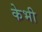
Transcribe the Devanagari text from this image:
केभी